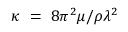
\kappa ~ = ~ 8 \pi ^ { 2 } \mu / \rho \lambda ^ { 2 }